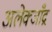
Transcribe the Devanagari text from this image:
अलेक्जाँद्र